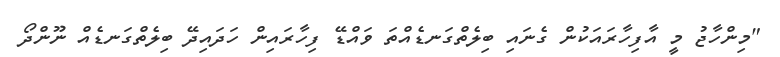
"މިންހާޖު މީ އާފިހާރައަކުން ގެނައި ބިލެތްގަނޑެއްތަ ވައްޑޭ ފިހާރައިން ހަދައިދޭ ބިލެތްގަނޑެއް ނޫންދޯ